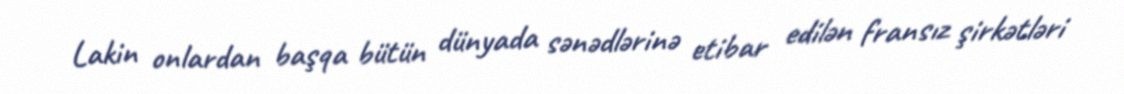
Lakin onlardan başqa bütün dünyada sənədlərinə etibar edilən fransız şirkətləri